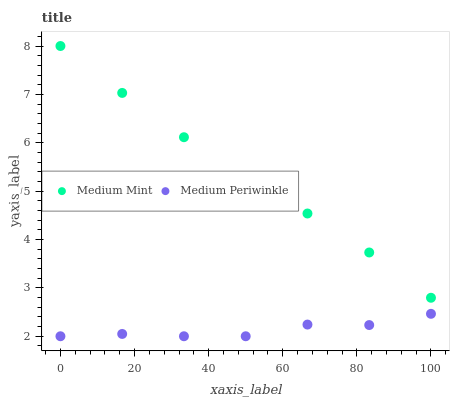
| xaxis_label | Medium Mint | Medium Periwinkle |
 | --- | --- | --- |
 | 0 | 8 | 2 |
 | 16.7 | 7.03 | 2.05 |
 | 33.3 | 6.11 | 2 |
 | 50 | 5.25 | 2 |
 | 66.7 | 4.54 | 2.24 |
 | 83.3 | 3.73 | 2.23 |
 | 100 | 2.8 | 2.46 |